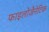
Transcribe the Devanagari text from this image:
फाइलोजैनेटिक